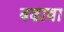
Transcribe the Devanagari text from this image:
बढावा